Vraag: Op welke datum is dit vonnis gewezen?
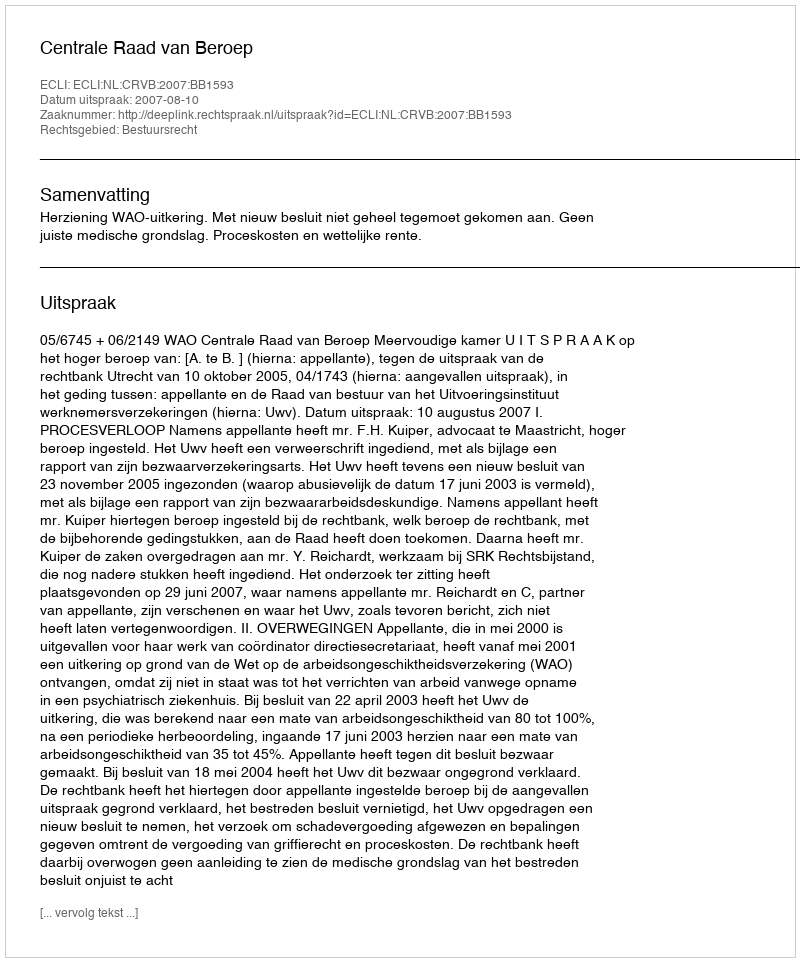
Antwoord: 2007-08-10